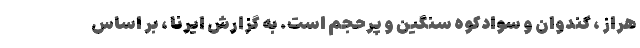
هراز ، کندوان و سوادکوه سنگین و پرحجم است. به گزارش ایرنا ، بر اساس